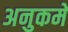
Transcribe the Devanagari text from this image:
अनुकमे